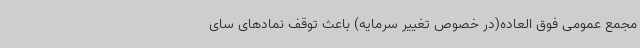
مجمع عمومی فوق العاده(در خصوص تغییر سرمایه) باعث توقف نمادهای سای